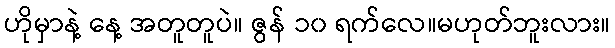
ဟိုမှာနဲ့ နေ့ အတူတူပဲ။ ဇွန် ၁၀ ရက်လေ။မဟုတ်ဘူးလား။